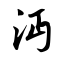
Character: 沔